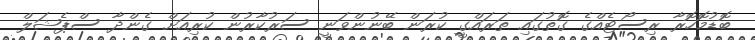
ބޮޑުމޮހޮރާ ރިސޯޓެއްގެ ގޮތުގައި ތަރައްގީ ކުރަން ބޭނުންވަނީ ސަރުކާރުން ކުރިއަށް ގެންދާ ސްޕެޝަލް